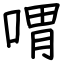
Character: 喟